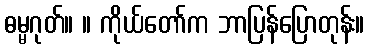
ဓမ္မဂုတ်။ ။ ကိုယ်တော်က ဘာပြန်ပြောတုန်း။